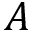
A